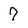
Character: 7